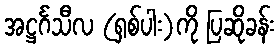
အဋ္ဌင်္ဂသီလ (ရှစ်ပါး)ကို ပြဆိုခန်း